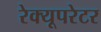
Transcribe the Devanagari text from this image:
रेक्यूपरेटर